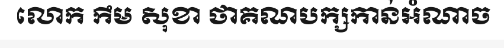
លោក កឹម សុខា ថាគណបក្សកាន់អំណាច